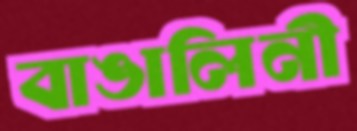
বাঙালিনী